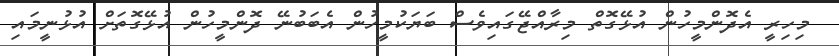
މިހިރީ އެދޮންމީހުން އުޅޭގޮތް މިރާއްޖޭގައިވެސް ބަޔަކުމީހުން އެބަބުނޭ ދޮންމީހުން އުޅޭގޮތަށް އުޅުނީމައި